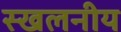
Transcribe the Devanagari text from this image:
स्खलनीय